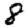
Digit: 8